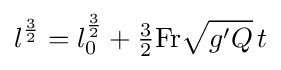
l^{\frac {3}{2}}=l_{0}^{\frac {3}{2}}+{\tfrac {3}{2}}\mathrm {Fr} {\sqrt {g'Q}}\,t